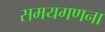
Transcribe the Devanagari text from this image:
समयगणना